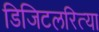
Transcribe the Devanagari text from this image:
डिजिटलरित्या